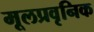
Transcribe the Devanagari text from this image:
मूलप्रवृनिक